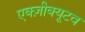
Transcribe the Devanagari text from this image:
एक्ज़ीक्यूटव